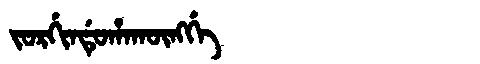
Manchu: ᠵᠣᡵᡤᡳᠨᡩᡠᡥᠠᡴᡡᠩᡤᡝ
Romanization: JORGINDUHAKŪNGGE